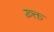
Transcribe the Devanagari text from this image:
ख़्क्त